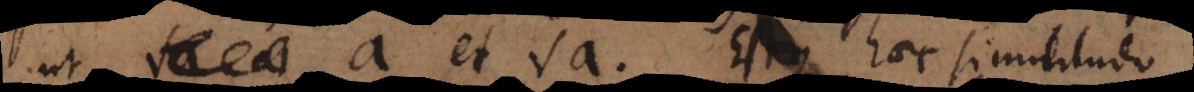
ut a et - a. Estque haec similitudo